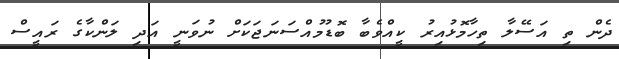
ދެން ތި އަސޭލާ ތިހާމޮޅުއިރު ކީއްވެބާ ބޮޑުމުއްސަނަޖަކަށް ނުވަނީ އަދި ލަންކާގެ ރައީސް